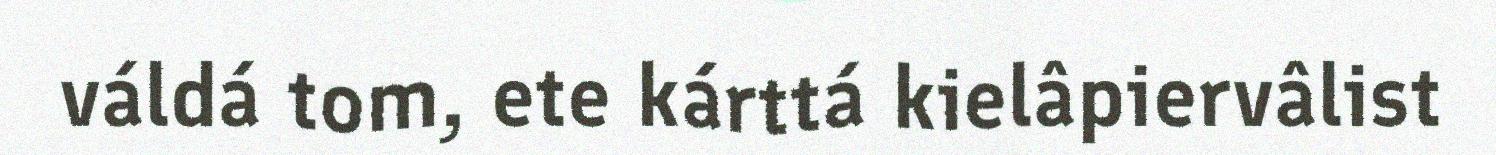
váldá tom, ete kárttá kielâpiervâlist